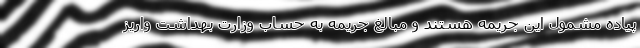
پیاده مشمول این جریمه هستند و مبالغ جریمه به حساب وزارت بهداشت واریز